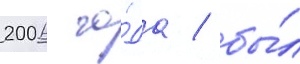
2006 го́да / бы́л